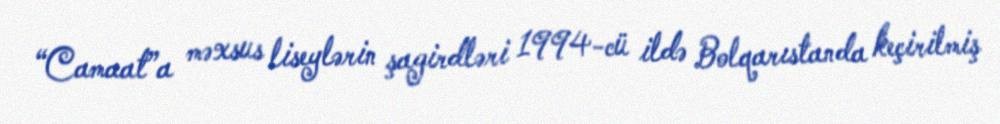
“Camaat”a məxsus liseylərin şagirdləri 1994-cü ildə Bolqarıstanda keçirilmiş